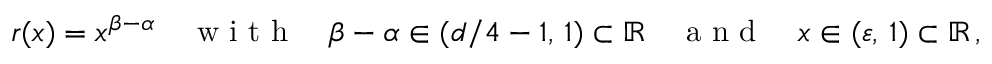
r ( x ) = x ^ { \beta - \alpha } \quad \mathrm { ~ w ~ i ~ t ~ h ~ } \quad \beta - \alpha \in ( d / 4 - 1 , \, 1 ) \subset \mathbb R \quad \mathrm { ~ a ~ n ~ d ~ } \quad x \in ( \varepsilon , \, 1 ) \subset \mathbb R \, ,